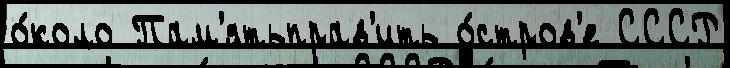
о́коло Пам'ятьправ'ить о́стров'е СССР